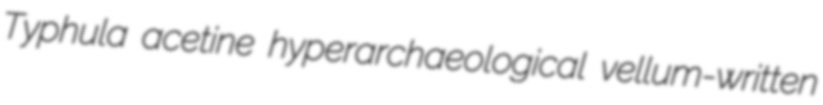
Typhula acetine hyperarchaeological vellum-written